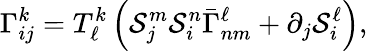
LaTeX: \Gamma_{ij}^{k}=T_{\ell}^{k}\left(\mathcal{S}_{j}^{m}\mathcal{S}_{i}^{n}\bar{{\Gamma}}_{nm}^{\ell}+\partial_{j}\mathcal{S}_{i}^{\ell}\right),